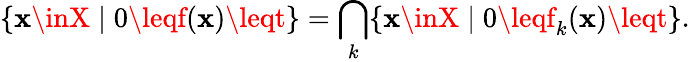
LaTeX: \{ \mathbf{x}\inX\mid0\leqf(\mathbf{x})\leqt\} =\bigcap_{k}\{ \mathbf{x}\inX\mid0\leqf_{k}(\mathbf{x})\leqt\} .